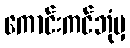
ကောင်းကင်ဘုံမှ